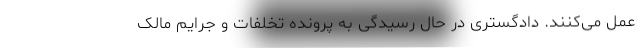
عمل می‌کنند. دادگستری در حال رسیدگی به پرونده تخلفات و جرایم مالک